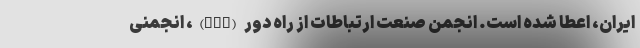
ایران، اعطا شده است. انجمن صنعت ارتباطات از راه دور (TIA)، انجمنی